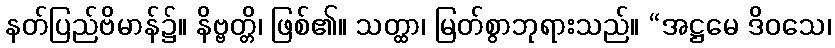
နတ်ပြည်ဗိမာန်၌။ နိဗ္ဗတ္တိ၊ ဖြစ်၏။ သတ္ထာ၊ မြတ်စွာဘုရားသည်။ “အဋ္ဌမေ ဒိဝသေ၊